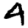
Digit: 4